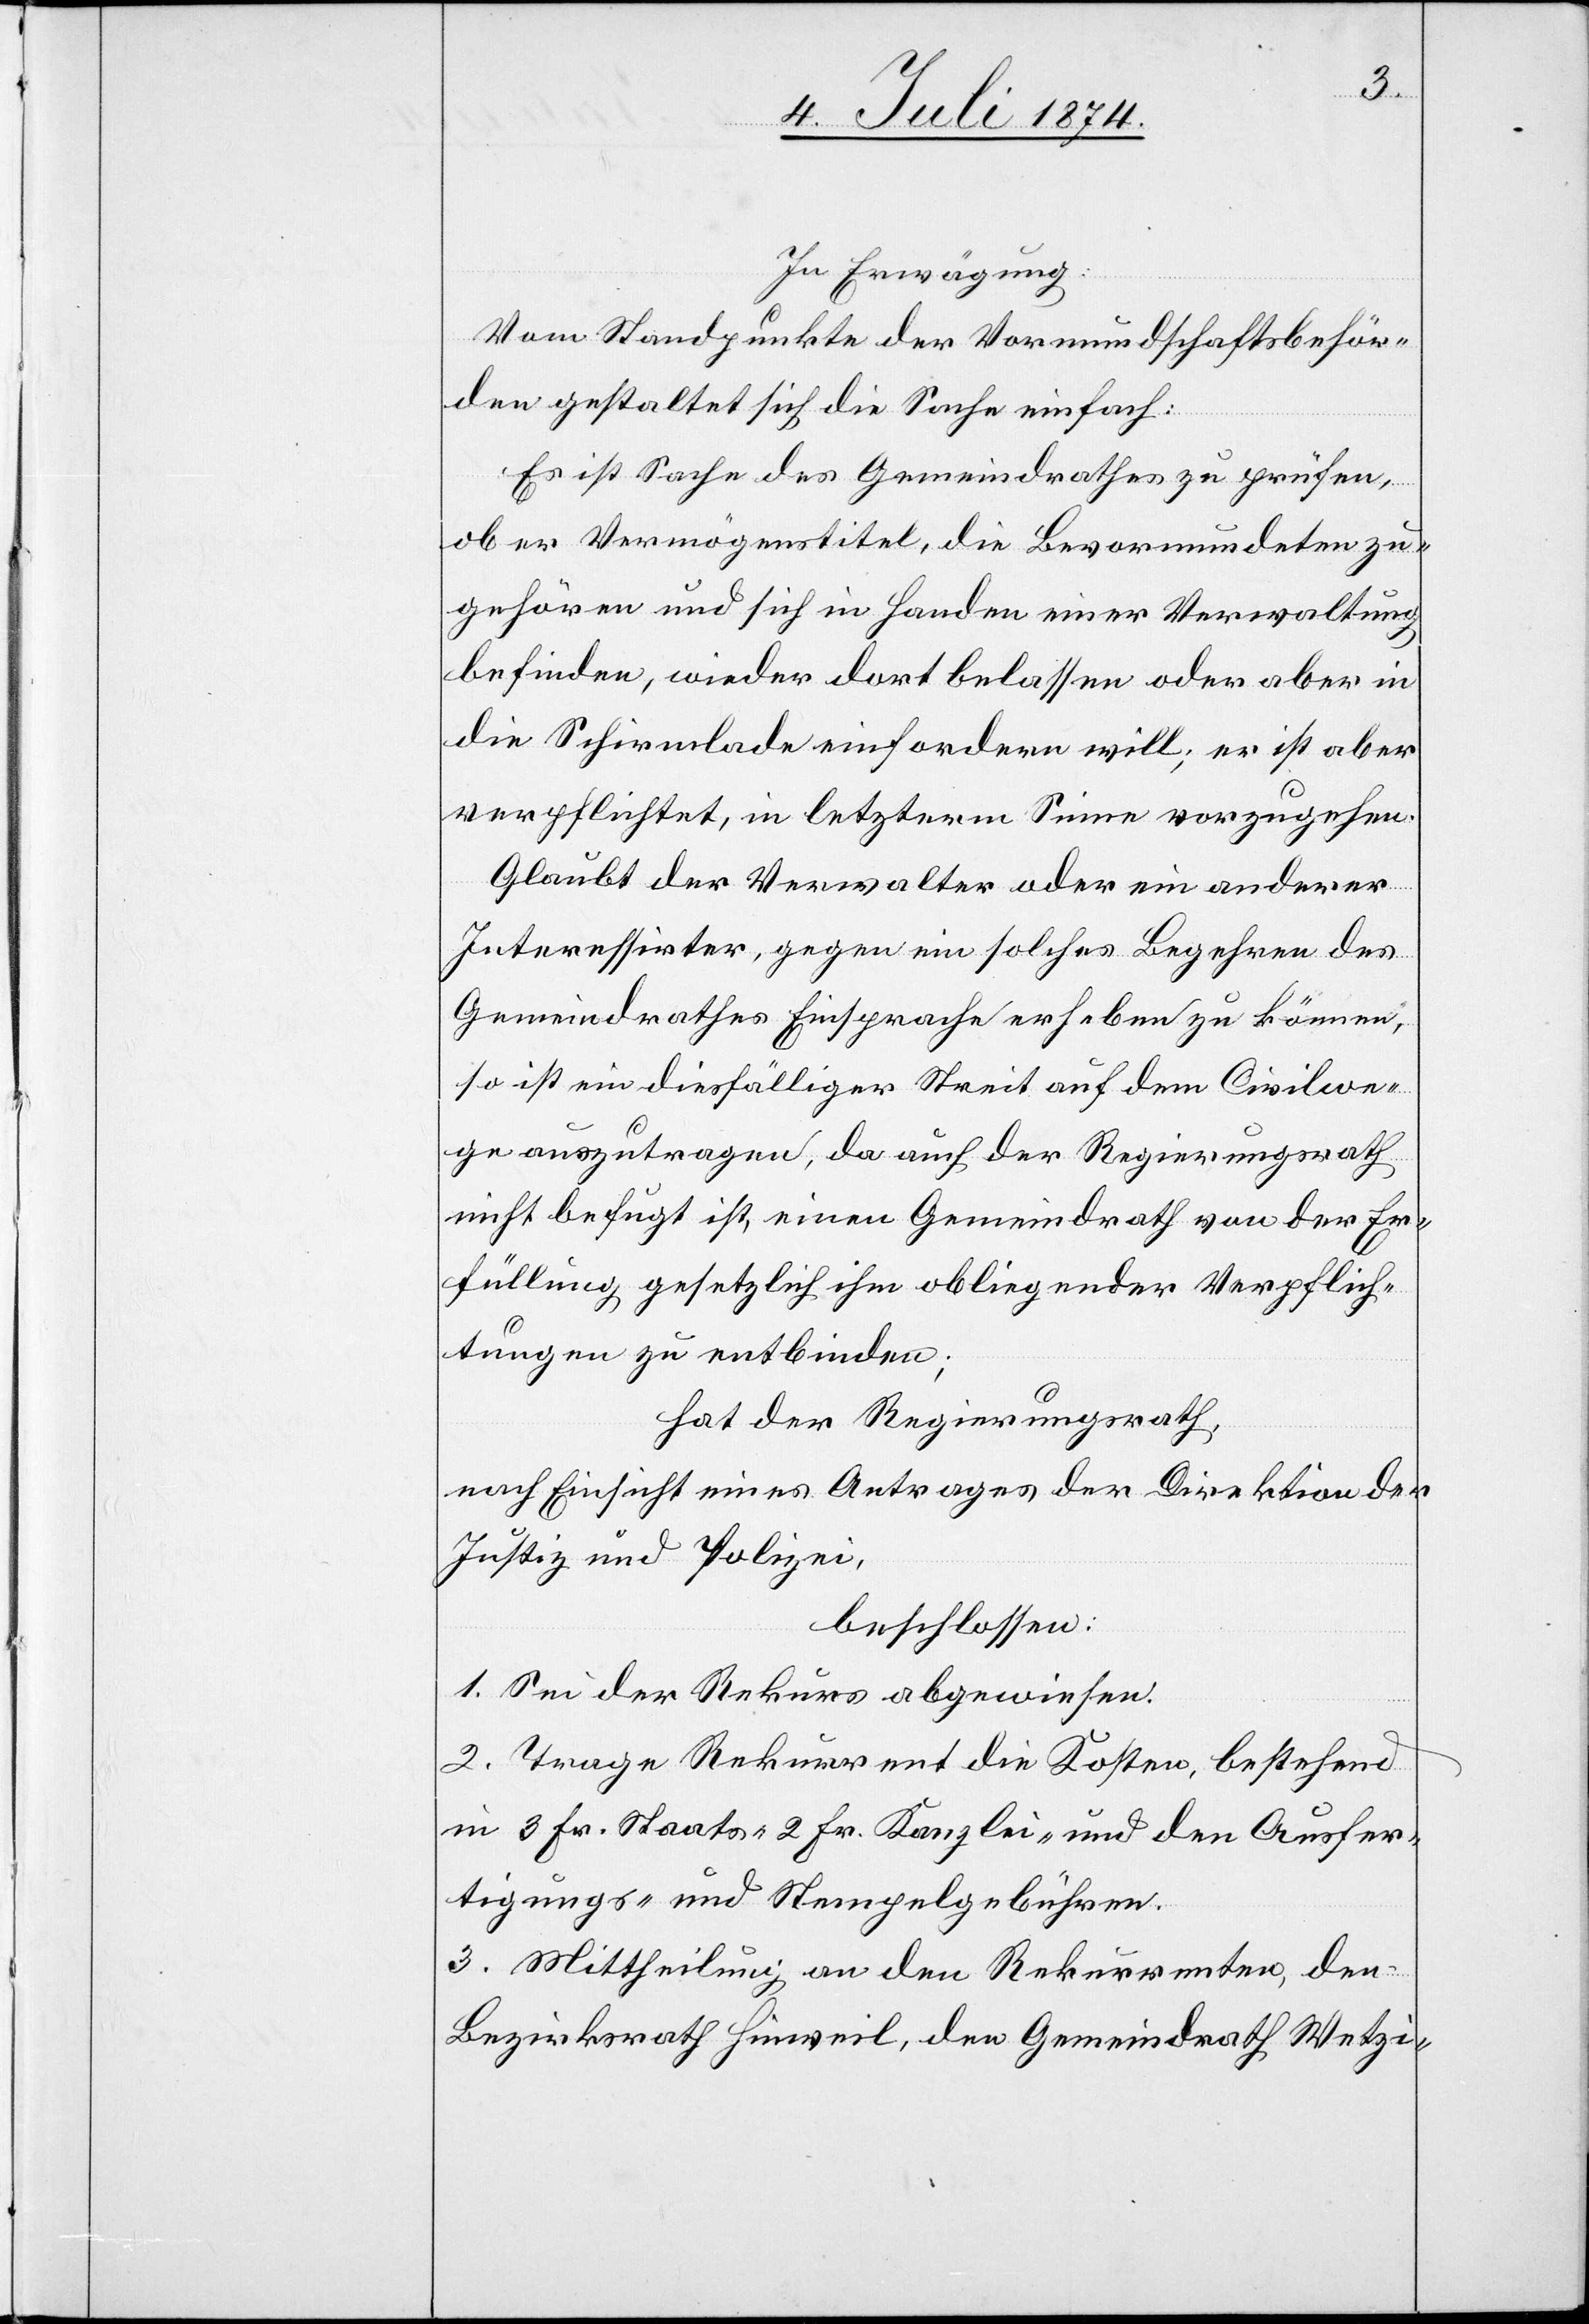
In Erwägung:
Vom Standpunkte der Vormundschaftsbehör¬
den gestaltet sich die Sache einfach:
Es ist Sache des Gemeindrathes zu prüfen,
ob er Vermögenstitel, die Bevormundeten zu¬
gehören und sich in Handen einer Verwaltung
befinden, wieder dort belassen oder aber in
die Schirmlade einfordern will; er ist aber
verpflichtet, in letzterm Sinne vorzugehen.
Glaubt der Verwalter oder ein anderer
Interessirter, gegen ein solches Begehren des
Gemeindrathes Einsprache erheben zu können,
so ist ein diesfälliger Streit auf dem Civilwe¬
ge auszutragen, da auch der Regierungsrath
nicht befugt ist, einen Gemeindrath von der Er¬
füllung gesetzlich ihm obliegender Verpflich¬
tungen zu entbinden;
hat der Regierungsrath,
nach Einsicht eines Antrages der Direktion der
Justiz und Polizei,
beschlossen:
1. Sei der Rekurs abgewiesen.
2. Trage Rekurrent die Kosten, bestehend
in 3 Fr. Staats- [,] 2 Fr. Kanzlei- und den Ausfer¬
tigungs- und Stempelgebühren.
3. Mittheilung an den Rekurrenten, den
Bezirksrath Hinweil, den Gemeindrath Wetzi-